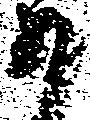
か